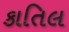
કાતિલ